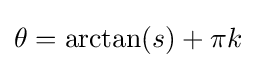
\theta =\arctan(s)+\pi k